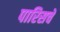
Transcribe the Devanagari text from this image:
पारिसचे